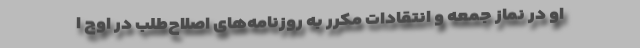
او در نماز جمعه و انتقادات مکرر به روزنامه‌های اصلاح‌طلب در اوج ا